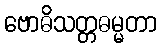
ဗောဓိသတ္တဓမ္မတာ